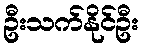
ဦးသက်နိုင်ဦး